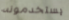
يستخدمونه